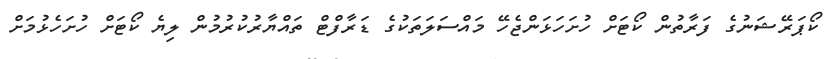
ކޯޕަރޭޝަނުގެ ފަރާތުން ކޯޓަށް ހުށަހަޅަންޖެހޭ މައްސަލަތަކުގެ ޑަރާފްޓް ތައްޔާރުކުރުމުން ލިޔެ ކޯޓަށް ހުށަހެޅުމަށް